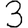
Digit: 3